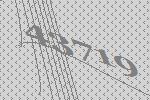
43719